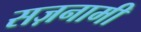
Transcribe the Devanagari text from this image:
सज़नामी